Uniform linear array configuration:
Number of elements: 64
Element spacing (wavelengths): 1
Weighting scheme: uniform
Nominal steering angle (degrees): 15
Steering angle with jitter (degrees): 14.107
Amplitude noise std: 0.05
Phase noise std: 0.05

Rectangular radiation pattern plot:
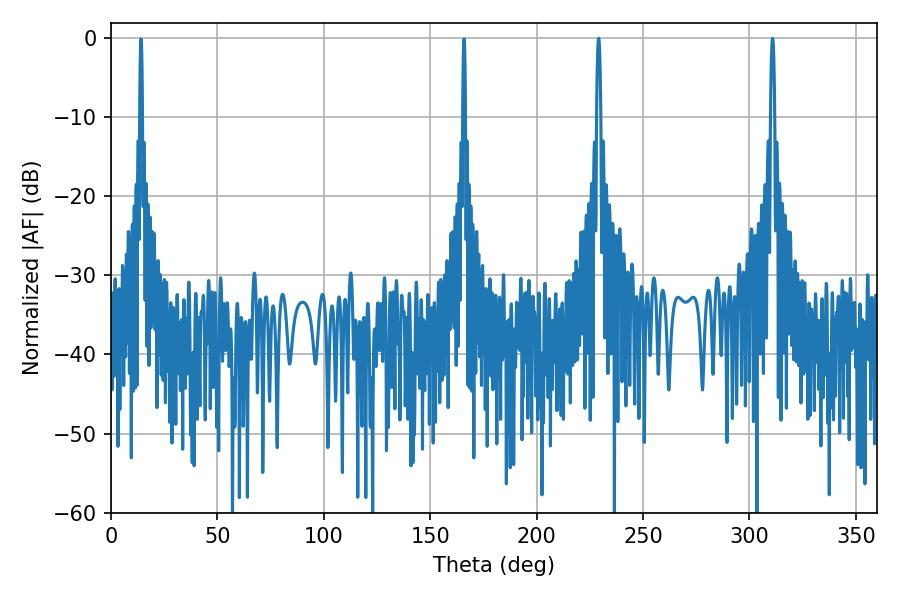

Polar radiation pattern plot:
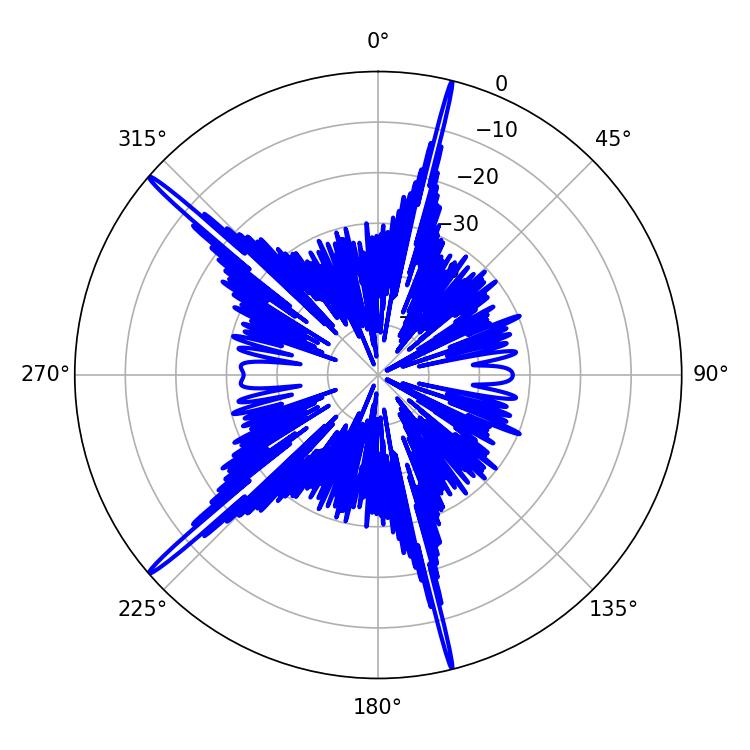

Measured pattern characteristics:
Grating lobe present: TRUE
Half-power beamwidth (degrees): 1.08
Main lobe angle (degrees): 310.86